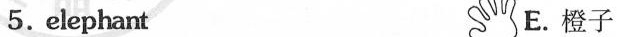
5.elephant E.橙子